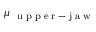
\mu _ { \mathrm { ~ \tiny ~ u ~ p ~ p ~ e ~ r ~ - ~ j ~ a ~ w ~ } }